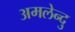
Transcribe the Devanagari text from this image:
अमलेन्दु